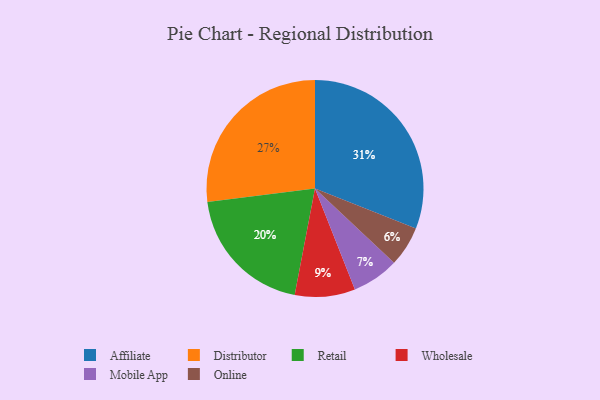
{"axis": {"x": "Category", "y": "Percentage"}, "legend": ["Affiliate", "Distributor", "Mobile App", "Online", "Retail", "Wholesale"], "data": [{"x": "Wholesale", "y": 9, "type": "Wholesale"}, {"x": "Affiliate", "y": 31, "type": "Affiliate"}, {"x": "Retail", "y": 20, "type": "Retail"}, {"x": "Mobile App", "y": 7, "type": "Mobile App"}, {"x": "Online", "y": 6, "type": "Online"}, {"x": "Distributor", "y": 27, "type": "Distributor"}]}